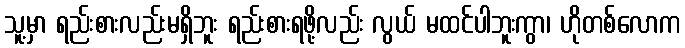
သူ့မှာ ရည်းစားလည်းမရှိဘူး ရည်းစားရဖို့လည်း လွယ် မထင်ပါဘူးကွာ၊ ဟိုတစ်လောက